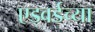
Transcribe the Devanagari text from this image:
एड्वर्डच्या